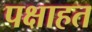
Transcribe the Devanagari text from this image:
पक्षाहत